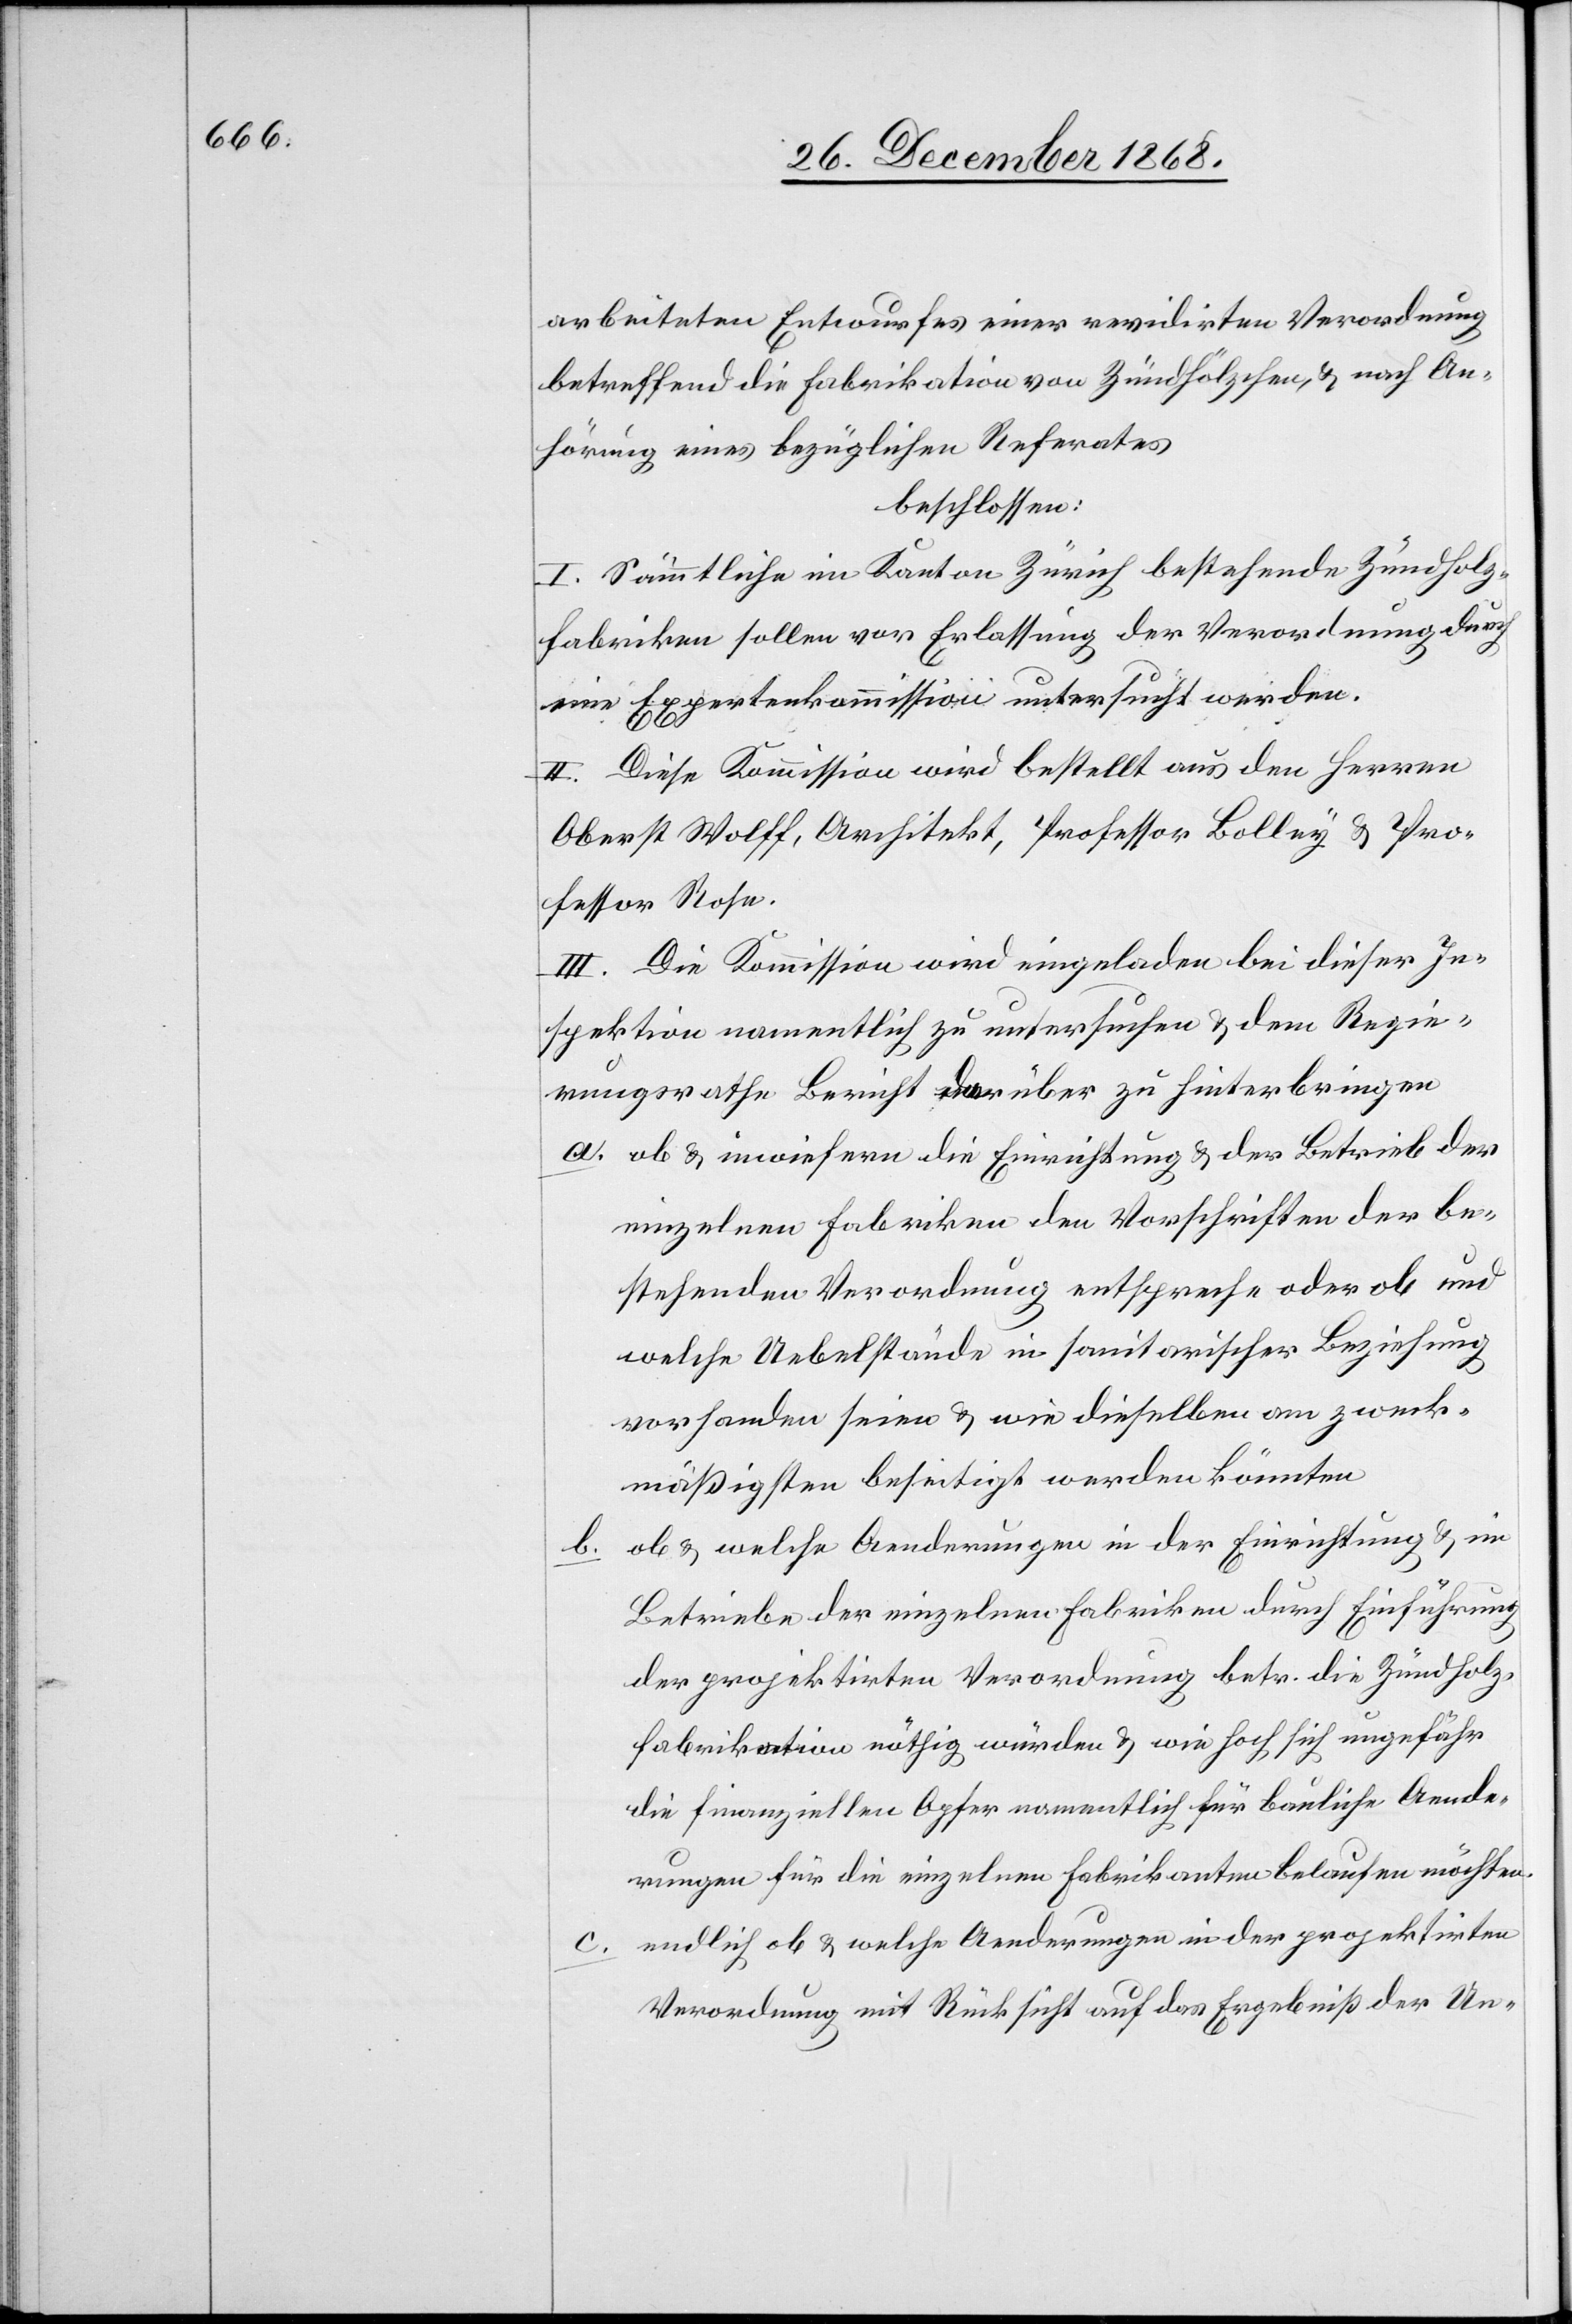
arbeiteten Entwurfes einer revidirten Verordnung
betreffend die Fabrikation von Zündhölzchen, & nach An¬
hörung eines bezüglichen Referates
beschlossen:
I. Sämmtliche im Kanton Zürich bestehende Zündholz¬
fabriken sollen vor Erlassung der Verordnung durch
eine Expertenkommission untersucht werden.
II. Diese Kommission wird bestellt aus den Herren
Oberst Wolff, Architekt, Professor Bolley & Pro¬
fessor Rose.
III. Die Kommission wird eingeladen bei dieser In¬
spektion namentlich zu untersuchen & dem Regie¬
rungsrathe Bericht darüber zu hinterbringen
ob & inwiefern die Einrichtung & der Betrieb der
einzelnen Fabriken den Vorschriften der be¬
stehenden Verordnung entspreche oder ob und
welche Uebelstände in sanitarischer Beziehung
vorhanden seien & wie dieselben am zweck¬
mäßigsten beseitigt werden könnten
ob & welche Aenderungen in der Einrichtung & im
Betriebe der einzelnen Fabriken durch Einführung
der projektirten Verordnung betr. die Zündholz¬
fabrikation nöthig würden & wie hoch sich ungefähr
die finanziellen Opfer namentlich für bauliche Aende¬
rungen für die einzelnen Fabrikanten belaufen möchten.
endlich ob & welche Aenderungen in der projektirten
Verordnung mit Rücksicht auf das Ergebniß der Un-